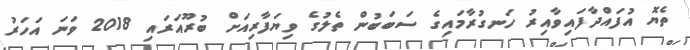
ތެޔޮ އުފައްދާފައިވާއިރު ހަނގުރާމައިގެ ސަބަބުން ތެލުގެ ވިޔަފާރިއަށް ބުރޫއަރައި 2018 ވަނަ އަހަރު